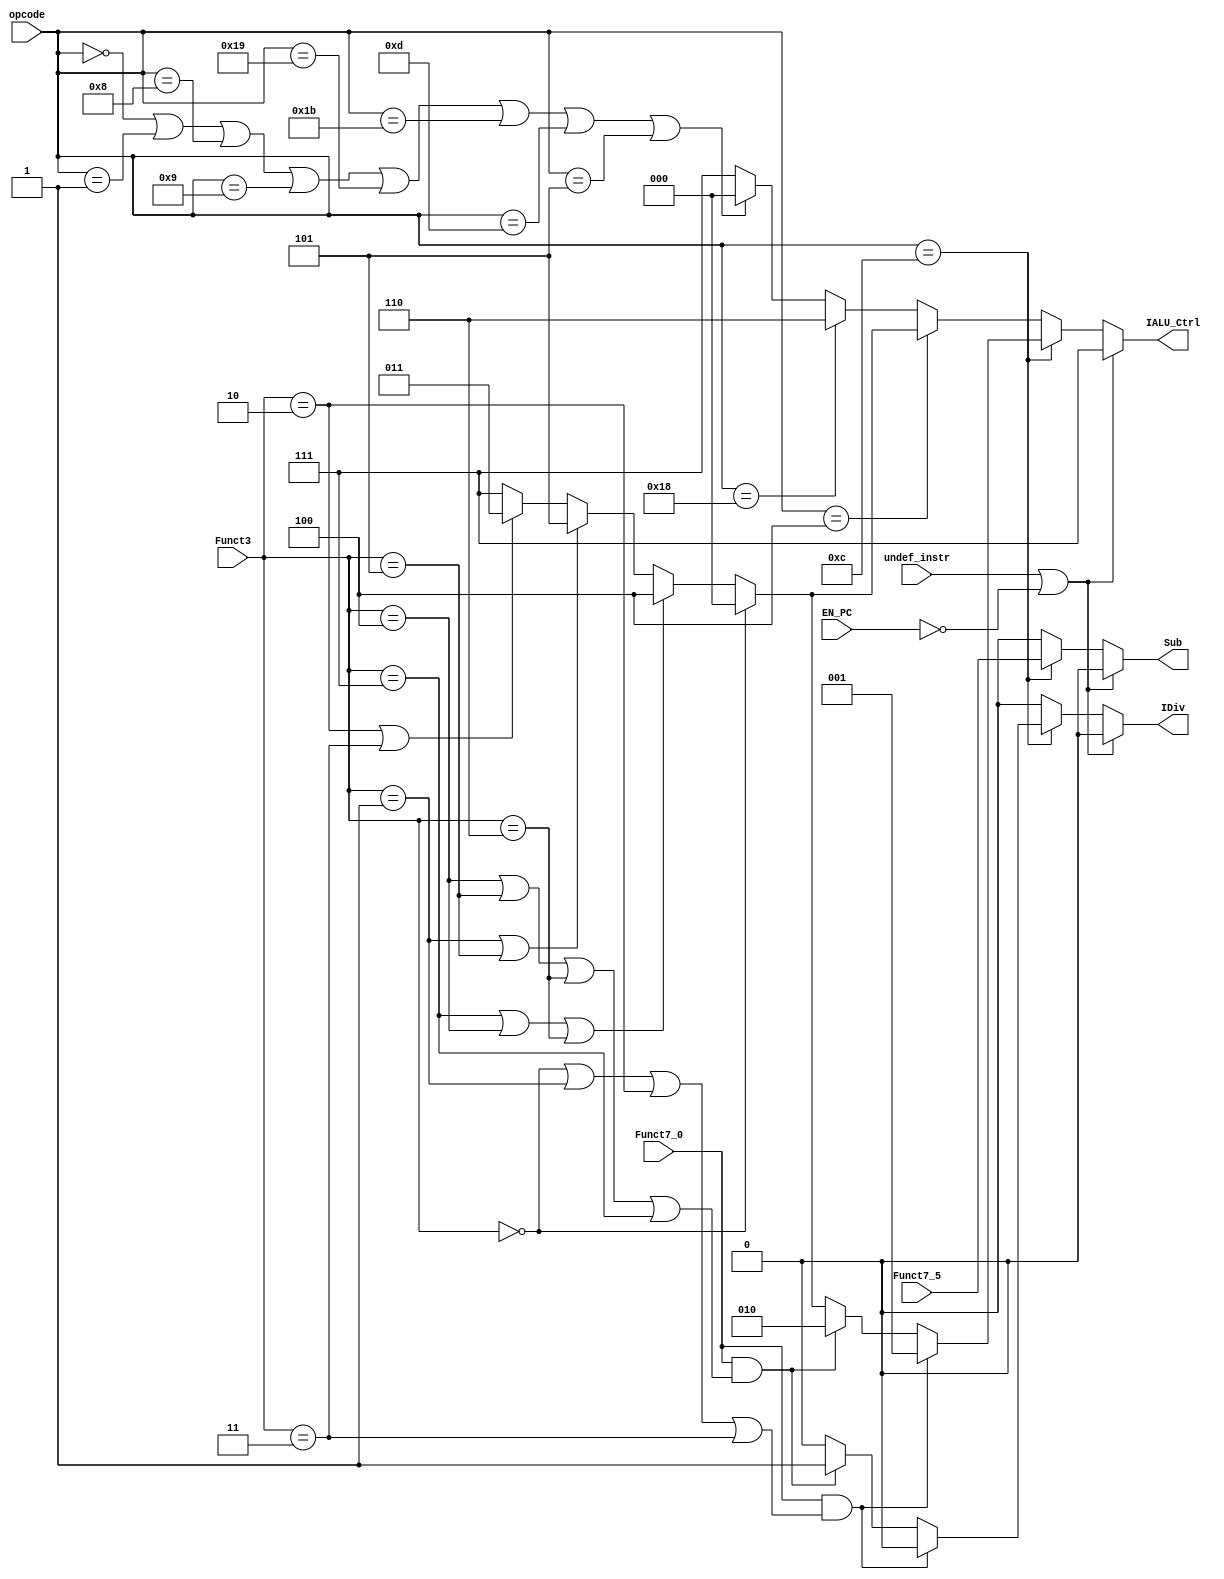
module IALU_Control
#(
	parameter ALU_DECODER_IN = 3
)
(
	// Input
	input  wire [2:0] Funct3,
	input  wire       Funct7_5,
	input  wire       Funct7_0,
	input  wire       EN_PC,
	input  wire [4:0] opcode,
	input  wire       undef_instr,     
	// Output
	output reg  [ALU_DECODER_IN-1:0] IALU_Ctrl,
	output reg           			 Sub,
	output reg       				 IDiv
);

// Supported ISA Based on the opcode
// Integer Instrustions
// R_TYPE Format
localparam R_TYPE_I = 5'b01100;

// I_Type Format
localparam IMM 		= 5'b00100;
localparam LOAD_I   = 5'b00000;
localparam LOAD_F   = 5'b00001;
localparam JALR     = 5'b11001;

// S_Type
localparam STORE_I  = 5'b01000;
localparam STORE_F  = 5'b01001;
// SB_Type
localparam BRANCH 	= 5'b11000; 

// UJ_Type
localparam JAL      = 5'b11011;

// U_Type
localparam LUI 	    = 5'b01101;
localparam AUIPC    = 5'b00101;

always @(*) begin

	IDiv      = 1'b0;
	Sub       = 1'b0;
	IALU_Ctrl = 3'b111;

	if (undef_instr || !EN_PC) begin
		IALU_Ctrl = 3'b111;
	end
	else if (opcode == R_TYPE_I) begin
		Sub = Funct7_5;
		if (Funct7_0 && (Funct3 == 3'b000 || Funct3 == 3'b001 || Funct3 == 3'b010 || Funct3 == 3'b011)) begin
			IALU_Ctrl = 3'b001;
		end
		else if (Funct7_0 && (Funct3 == 3'b100 || Funct3 == 3'b101 || Funct3 == 3'b110 || Funct3 == 3'b111)) begin
			IALU_Ctrl = 3'b010;
			IDiv      = 1'b1;
		end
		else if (Funct3 == 3'b000) begin
			IALU_Ctrl = 3'b000;
		end
		else if (Funct3 == 3'b111 || Funct3 == 3'b100 || Funct3 == 3'b110) begin
			IALU_Ctrl = 3'b100;
		end
		else if (Funct3 == 3'b001 || Funct3 == 3'b101) begin
			IALU_Ctrl = 3'b101;
		end
		else if (Funct3 == 3'b010 || Funct3 == 3'b011) begin
			IALU_Ctrl = 3'b011;
		end
		else begin
			IALU_Ctrl = 3'b111;
		end
	end
	else if (opcode == IMM) begin
		if (Funct3 == 3'b000) begin
			IALU_Ctrl = 3'b000;
		end
		else if (Funct3 == 3'b111 || Funct3 == 3'b100 || Funct3 == 3'b110) begin
			IALU_Ctrl = 3'b100;
		end
		else if (Funct3 == 3'b001 || Funct3 == 3'b101) begin
			IALU_Ctrl = 3'b101;
		end
		else if (Funct3 == 3'b010 || Funct3 == 3'b011) begin
			IALU_Ctrl = 3'b011;
		end
		else begin
			IALU_Ctrl = 3'b111;
		end
	end
	else if (opcode == BRANCH) begin
		IALU_Ctrl = 3'b110;
	end
	else if (opcode == LOAD_I || opcode == LOAD_F || opcode == STORE_I || opcode == STORE_F || opcode == JALR || opcode == JAL || opcode == LUI || opcode == AUIPC) begin
		IALU_Ctrl = 3'b000;
	end
	else begin
		IALU_Ctrl = 3'b111;
	end
end

endmodule